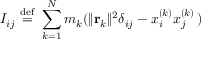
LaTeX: I _ { i j } \ { \stackrel { \mathrm { d e f } } { = } } \ \sum _ { k = 1 } ^ { N } m _ { k } ( \| \mathbf { r } _ { k } \| ^ { 2 } \delta _ { i j } - x _ { i } ^ { ( k ) } x _ { j } ^ { ( k ) } \, )